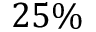
2 5 \%